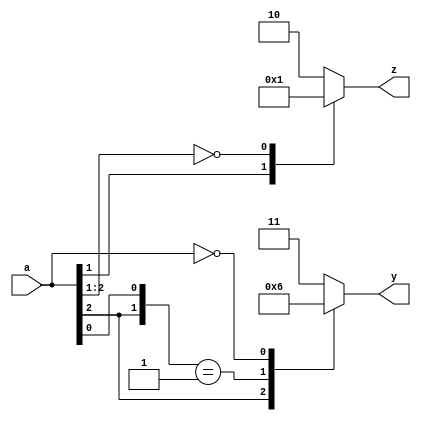
module casezx (a, y, z);
  input [2:0]a;
  output [1:0]y, z;
  reg [1:0]y, z;

always @ (a) begin
  casez (a)
    3'b1??: y = 0;
    3'b0z1: y = 1;
    3'b000: y = 2;
    default: y = 3;
  endcase

  casex (a)
    3'bx1x: z = 0;
    3'b00?: z = 1;
    default: z = 2;
  endcase
end

endmodule // casezx